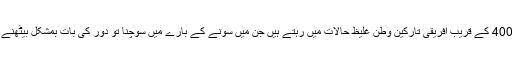
اس کے اندر 400 کے قریب افریقی تارکینِ وطن غلیظ حالات میں رہتے ہیں جن میں سونے کے بارے میں سوچنا تو دور کی بات بمشکل بیٹھنے کی جگہ ہے۔